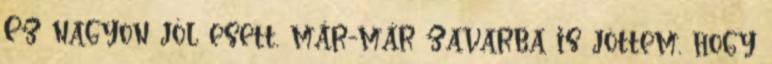
Ez nagyon jól esett, már-már zavarba is jöttem, hogy